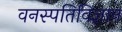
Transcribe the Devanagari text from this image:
वनस्‍पतिविज्ञान